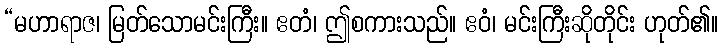
“မဟာရာဇ၊ မြတ်သောမင်းကြီး။ ဧတံ၊ ဤစကားသည်။ ဧဝံ၊ မင်းကြီးဆိုတိုင်း ဟုတ်၏။